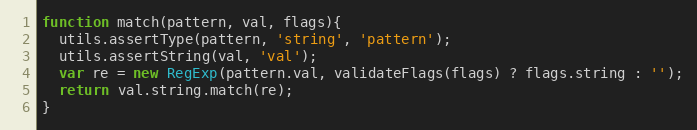
Language: JavaScript
function match(pattern, val, flags){
  utils.assertType(pattern, 'string', 'pattern');
  utils.assertString(val, 'val');
  var re = new RegExp(pattern.val, validateFlags(flags) ? flags.string : '');
  return val.string.match(re);
}